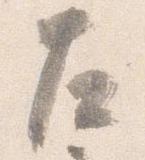
左